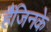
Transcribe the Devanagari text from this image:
हैंजिनके